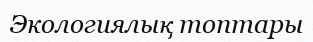
Экологиялық топтары